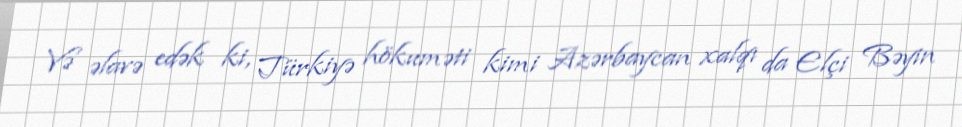
Və əlavə edək ki, Türkiyə hökuməti kimi Azərbaycan xalqı da Elçi Bəyin